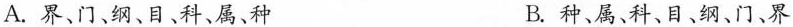
A.界、门、纲、目、科、属、种 B.种、属、科、目、纲、门、界